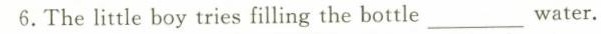
6.The little boy tries filling the bottle_water.